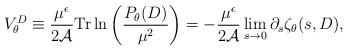
LaTeX: \begin{align*}V^{D}_{\theta}\equiv {\mu^{\epsilon}\over 2{\cal A}} {\rm Tr}\,{\ln} \left({P_{\theta}(D)\over \mu^2}\right) =-{\mu^{\epsilon}\over 2 {\cal A}}\lim_{s\to 0}\partial_{s} \zeta_{\theta}(s,D), \end{align*}